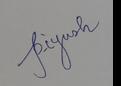
Signature authenticity: genuine